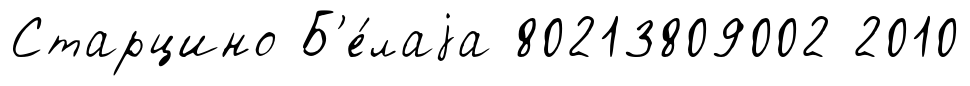
Старцино Б'е́лаjа 80213809002 2010